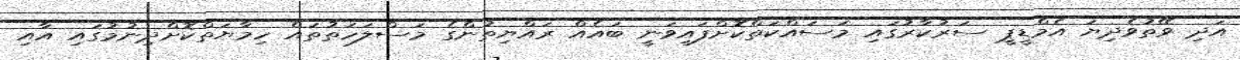
އަދި ވޭތުވެދިޔަ އެމްޑީޕީ ސަރުކާރުގައި މަސައްކަތްކޮށްފައިވަނީ ބައެއް ރައްޔިތުންގެ މަސްލަހަތުތައް ހިމާޔަތްކޮށްދިނުމުގައި އާއި